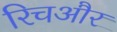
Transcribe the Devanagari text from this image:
रिचऔर